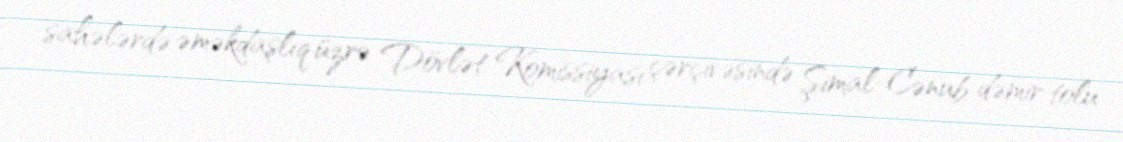
sahələrdə əməkdaşlıq üzrə Dövlət Komissiyası çərçivəsində Şimal-Cənub dəmir tolu